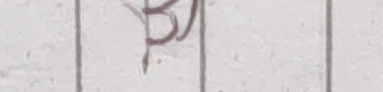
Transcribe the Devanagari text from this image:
३